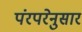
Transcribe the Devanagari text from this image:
पंरपरेनुसार